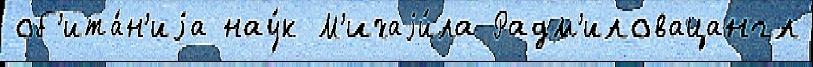
об'ита́н'иjа нау́к М'ихаjи́ла Радм'иловацангл